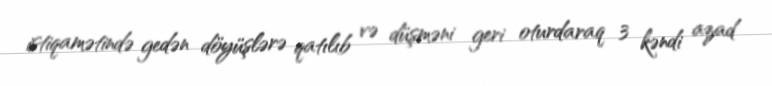
istiqamətində gedən döyüşlərə qatılıb və düşməni geri oturdaraq 3 kəndi azad